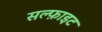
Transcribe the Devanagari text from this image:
सल्फ़ाइट